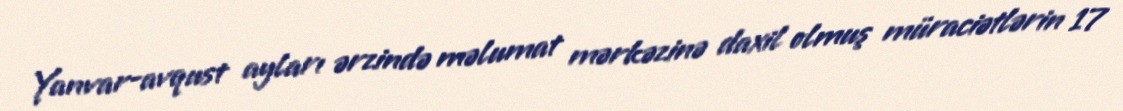
Yanvar-avqust ayları ərzində məlumat mərkəzinə daxil olmuş müraciətlərin 17